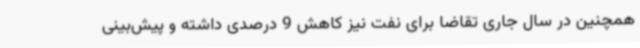
همچنین در سال جاری تقاضا برای نفت نیز کاهش 9 درصدی داشته و پیش‌بینی